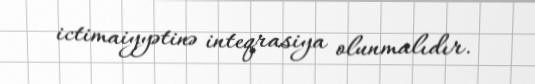
ictimaiyyətinə inteqrasiya olunmalıdır.